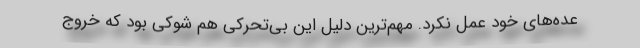
عده‌های خود عمل نکرد. مهم‌ترین دلیل این بی‌تحرکی هم شوکی بود که خروج